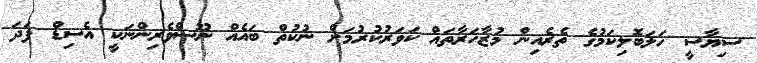
ސިޔާސީ ހަލަބޮލިކަމުގެ ތެރެއިން މުޒާހަރާތައް ކަވަރުކުރުމަށް ނުކުތް ބައެއް ނޫސްވެރިންނަކީ އެސިޑް ފަދަ